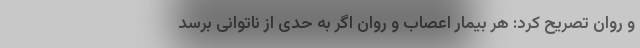
و روان تصریح کرد: هر بیمار اعصاب و روان اگر به حدی از ناتوانی برسد